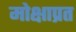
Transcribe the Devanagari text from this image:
मोक्षाप्रत